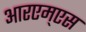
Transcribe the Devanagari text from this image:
आरएम्एस